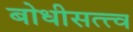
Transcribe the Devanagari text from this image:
बोधीसत्त्व